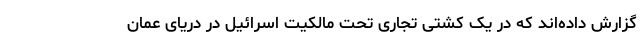
گزارش داده‌اند که در یک کشتی تجاری تحت مالکیت اسرائیل در دریای عمان